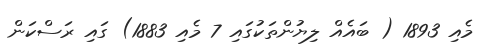
މެއި 1893 ( ބައެއް ލިޔުންތަކުގައި 7 މެއި 1883) ގައި ރަސްކަން